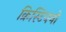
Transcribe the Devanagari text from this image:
क्रिस्टियनो